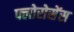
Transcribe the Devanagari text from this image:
फ्लोरोसेंस